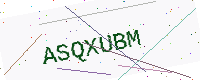
Text: ASQXUBM